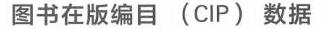
图书在版编目（CIP）数据